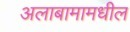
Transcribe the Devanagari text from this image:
अलाबामामधील